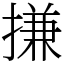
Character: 搛